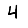
Digit: 4